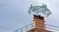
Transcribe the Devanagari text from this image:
ऐब्स्ट्रेक्टिस